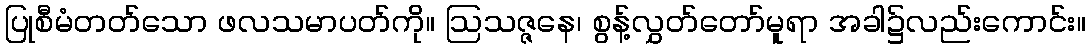
ပြုစီမံတတ်သော ဖလသမာပတ်ကို။ ဩသဇ္ဇနေ၊ စွန့်လွှတ်တော်မူရာ အခါ၌လည်းကောင်း။